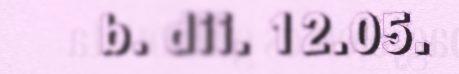
b. dii. 12.05.